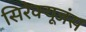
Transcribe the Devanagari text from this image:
सिरेक्यूजंस